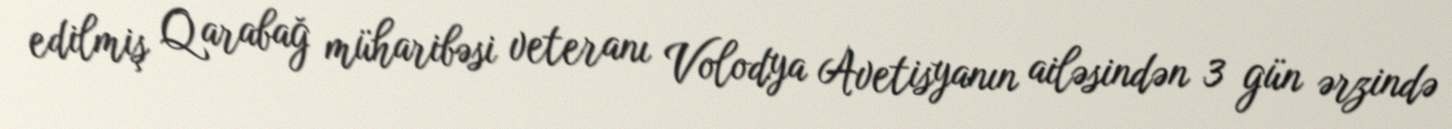
edilmiş Qarabağ müharibəsi veteranı Volodya Avetisyanın ailəsindən 3 gün ərzində